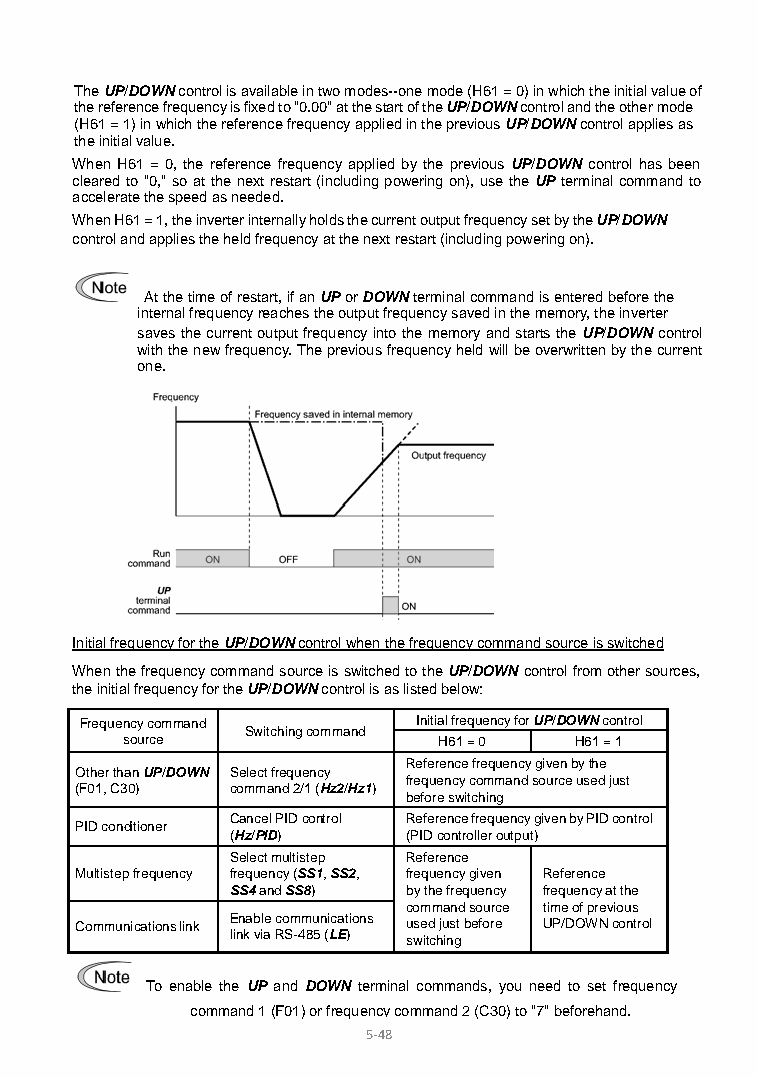
The UP/DOWN control is available in two modes--one mode (H61 = 0) in which the initial value of
 the reference frequency is fixed to "0.00" at the start of the UP/DOWN control and the other mode
 (H61 = 1) in which the reference frequency applied in the previous UP/DOWN control applies as
 the initial value.
 When H61 = 0, the reference frequency applied by the previous UP/DOWN control has been
 cleared to "0," so at the next restart (including powering on), use the UP terminal command to
 accelerate the speed as needed.
 When H61 = 1, the inverter internally holds the current output frequency set by the UP/DOWN
 control and applies the held frequency at the next restart (including powering on).
 At the time of restart, if an UP or DOWN terminal command is entered before the
 internal frequency reaches the output frequency saved in the memory, the inverter
 saves the current output frequency into the memory and starts the UP/DOWN control
 with the new frequency. The previous frequency held will be overwritten by the current
 one.
 Initial frequency for the UP/DOWN control when the frequency command source is switched
 When the frequency command source is switched to the UP/DOWN control from other sources,
 the initial frequency for the UP/DOWN control is as listed below:
 Frequency command      Initial frequency for UP/DOWN control
 Switching command
 source               H61 = 0  H61 = 1
 Reference frequency given by the
 Other than UP/DOWN Select frequency
 frequency command source used just
 (F01, C30) command 2/1 (Hz2/Hz1)
 before switching
 Cancel PID control Reference frequency given by PID control
 PID conditioner
 (Hz/PID)    (PID controller output)
 Select multistep Reference
 Multistep frequency frequency (SS1, SS2, frequency given Reference
 SS4 and SS8) by the frequency frequency at the
 command source time of previous
 Communications link Enable communications used just before UP/DOWN control
 link via RS-485 (LE) switching
 To enable the UP and DOWN terminal commands, you need to set frequency
 command 1 (F01) or frequency command 2 (C30) to "7" beforehand.
 5- 48